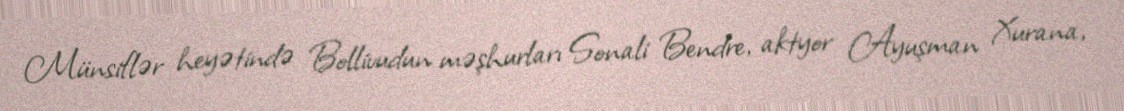
Münsiflər heyətində Bollivudun məşhurları Sonali Bendre, aktyor Ayuşman Xurana,